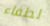
لطفاء